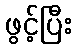
ဖွင့်ပြီး